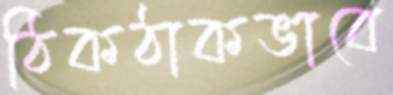
ঠিকঠাকভাবে